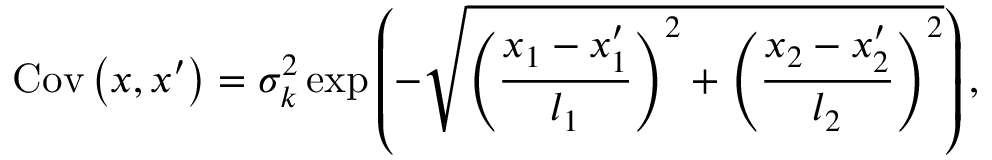
\operatorname { C o v } \left( \boldsymbol { x } , \boldsymbol { x } ^ { \prime } \right) = \sigma _ { k } ^ { 2 } \exp \left( - \sqrt { \left( \frac { x _ { 1 } - x _ { 1 } ^ { \prime } } { l _ { 1 } } \right) ^ { 2 } + \left( \frac { x _ { 2 } - x _ { 2 } ^ { \prime } } { l _ { 2 } } \right) ^ { 2 } } \right) ,